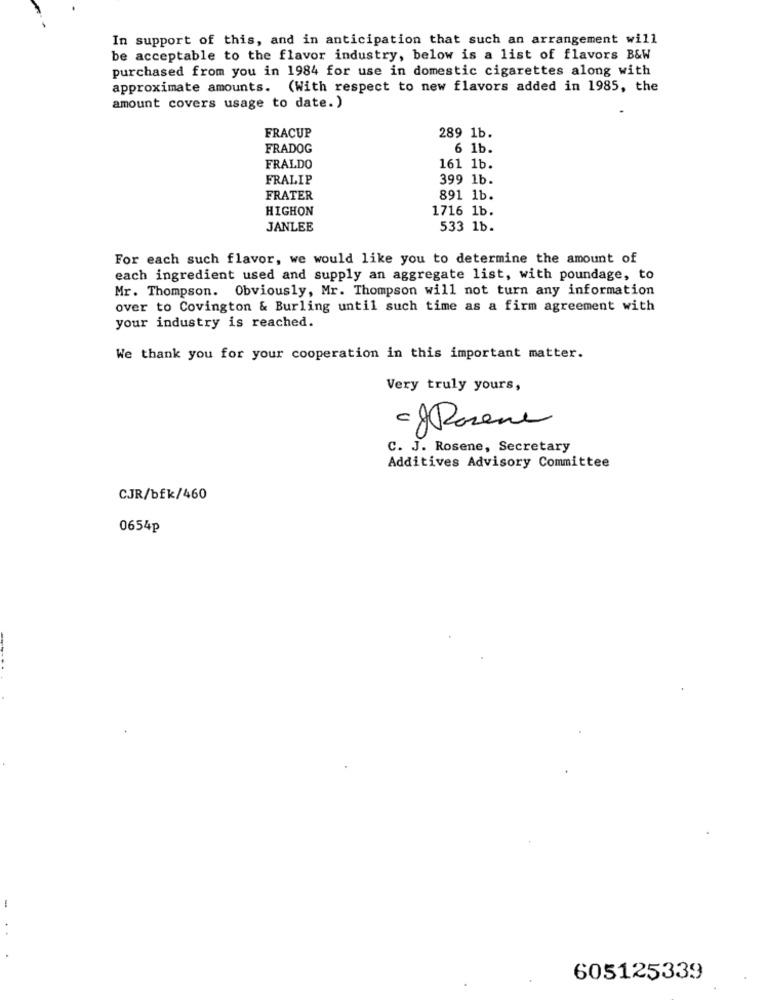
In support of this, and in anticipation that such an arrangement will
be acceptable to the flavor industry, below is a list of flavors B&W
purchased from you in 1984 for use in domestic cigarettes along with
approximate amounts. (With respect to new flavors added in 1985, the
amount covers usage to date. )
FRACUP
289 1b.
FRADOG
6 1b.
FRALDO
161 1b.
FRALIP
399 1b.
FRATER
891 1b.
HIGHON
1716 1b.
JANLEE
533 1b.
For each such flavor, we would like you to determine the amount of
each ingredient used and supply an aggregate list, with poundage, to
Mr. Thompson. Obviously, Mr. Thompson will not turn any information
over to Covington & Burling until such time as a firm agreement with
your industry is reached.
We thank you for your cooperation in this important matter.
Very truly yours,
ogRosene
C. J. Rosene, Secretary
Additives Advisory Committee
CJR/bfk/460
0654p
-
605125339